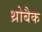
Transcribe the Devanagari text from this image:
थ्रोबैक